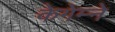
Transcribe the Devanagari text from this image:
केगेम्ने